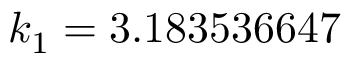
k _ { 1 } = 3 . 1 8 3 5 3 6 6 4 7